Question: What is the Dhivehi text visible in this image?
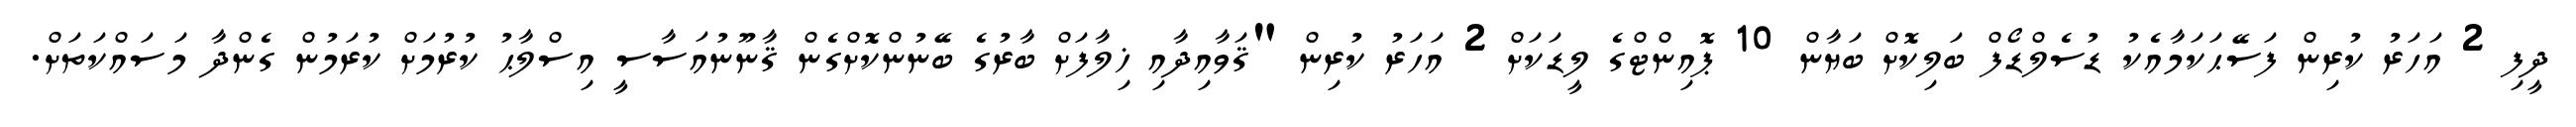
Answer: ދީފި 2 އަހަރު ކުރިން ފަސޭޙަކަމާއެކު ޑުސެލްޑޯފް ބަލިކޮށް ބަޔާން 10 ޕޮއިންޓްގެ ލީޑަކަށް 2 އަހަރު ކުރިން "ޤަވާއިދާއި ޚިލާފަށް ބާރުގެ ބޭނުންކޮށްގެން ޤާނޫނުއަސާސީ އިސްލާޙު ކުރުމަށް ކުރަމުން ގެންދާ މަސައްކަތަށް.